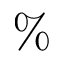
\%